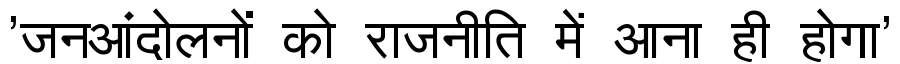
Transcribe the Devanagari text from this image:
'जनआंदोलनों को राजनीति में आना ही होगा'